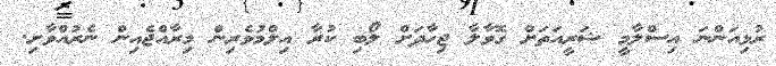
ރުޅިއަންނަ އިސްލާމީ ޝަރީއަތަށް ގޮވާލާ ޖިހާދަށް ލޯބި ކުރާ އިލްމުވެރިން މިރާއްޖެއިން ނެރުއްވާށި.